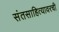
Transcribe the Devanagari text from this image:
संतसाहित्यावरची